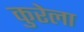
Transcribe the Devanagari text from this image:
कुरेला